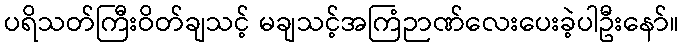
ပရိသတ်ကြီးဝိတ်ချသင့် မချသင့်အကြံဉာဏ်လေးပေးခဲ့ပါဦးနော်။